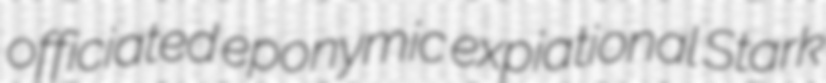
officiated eponymic expiational Stark